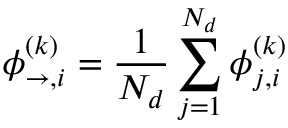
{ \boldsymbol { \phi } _ { \rightarrow , i } ^ { ( k ) } = \frac { 1 } { N _ { d } } \sum _ { j = 1 } ^ { N _ { d } } \boldsymbol { \phi } _ { j , i } ^ { ( k ) } }